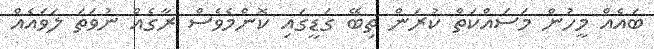
ބައެއް މީހުން މަސައްކަތް ކުރަން ތިބޭ ގަޑީގައި ކޮންމެވެސް ރާގެއް ނުވަތަ ލަވައެއް